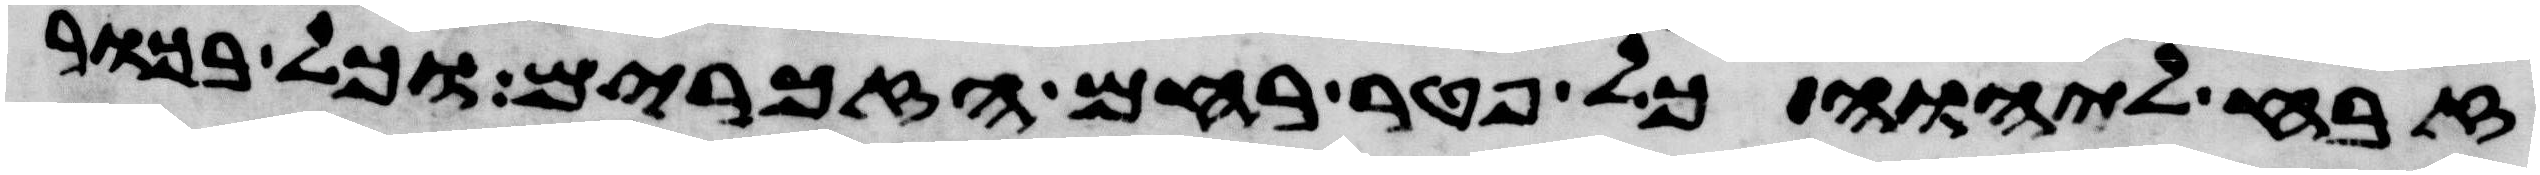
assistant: זבח ליהוה כל פטר רחם הזכרים וכל בכור